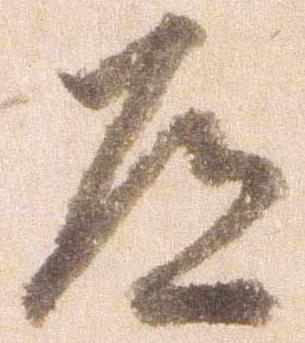
道